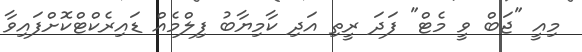
މިއީ "ޖަބް ވީ މެޓް" ފަދަ ރީތި އަދި ކާމިޔާބު ފިލްމެއް ޑައިރެކްޓްކޮށްފައިވާ